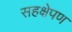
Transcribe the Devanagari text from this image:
सहक्षेपण